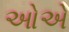
ઓએ